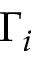
\Gamma _ { i }